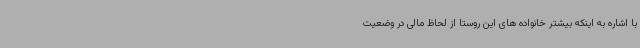
با اشاره به اینکه بیشتر خانواده های این روستا از لحاظ مالی در وضعیت